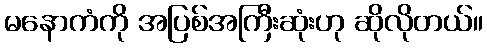
မနောကံကို အပြစ်အကြီးဆုံးဟု ဆိုလိုတယ်။